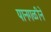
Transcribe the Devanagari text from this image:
पानगळीने